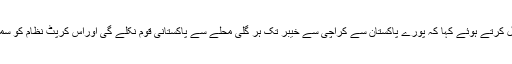
انہوں نے اظہار خیال کرتے ہوئے کہا کہ پورے پاکستان سے کراچی سے خیبر تک ہر گلی محلے سے پاکستانی قوم نکلے گی اوراس کرپٹ نظام کو سمندر برد کر دے گی۔